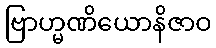
ဗြာဟ္မဏိယောနိဇာဝ